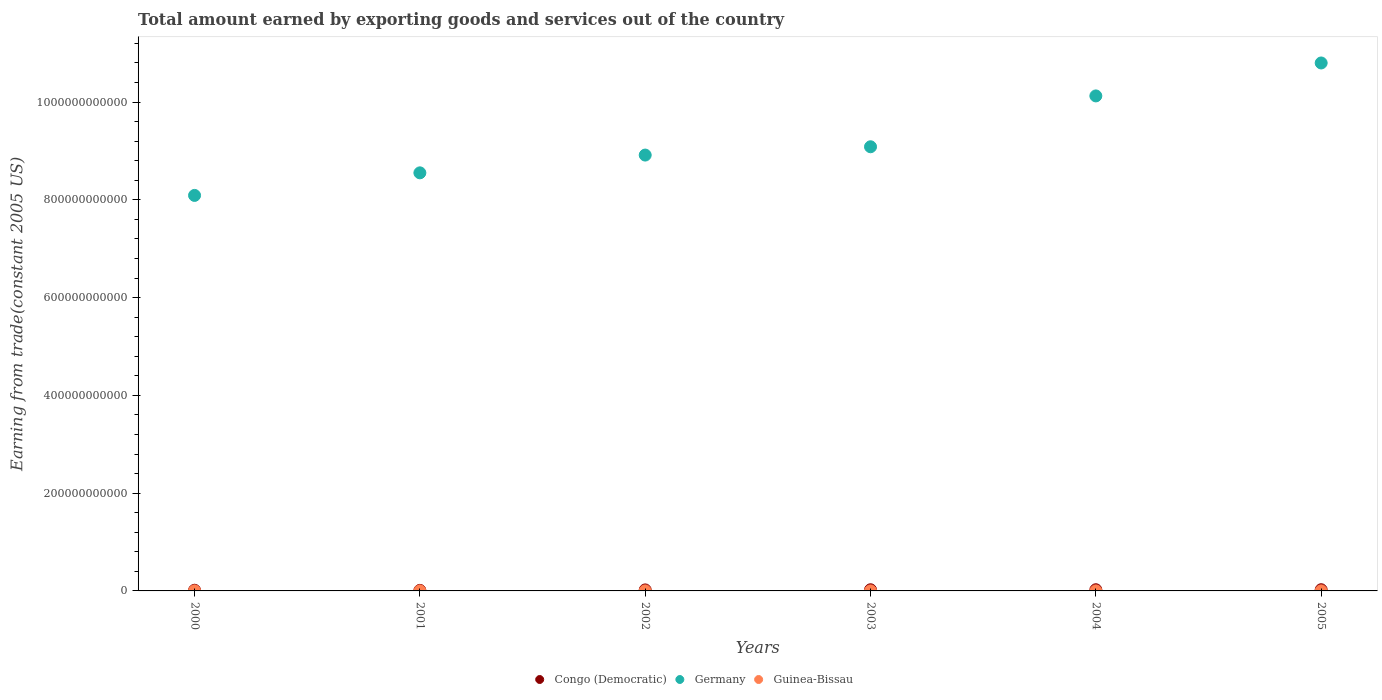
| Years | Congo (Democratic) | Germany | Guinea-Bissau |
 | --- | --- | --- | --- |
 | 2000 | 1.4e+09 | 8.09e+11 | 9.65e+07 |
 | 2001 | 1.13e+09 | 8.55e+11 | 1.06e+08 |
 | 2002 | 2.06e+09 | 8.92e+11 | 8.6e+07 |
 | 2003 | 2.36e+09 | 9.09e+11 | 7.27e+07 |
 | 2004 | 2.43e+09 | 1.01e+12 | 8.5e+07 |
 | 2005 | 2.44e+09 | 1.08e+12 | 1.17e+08 |